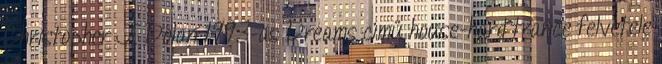
Christopher J. Dolan 1993-as Dreams című house-hard trance felvétele